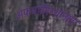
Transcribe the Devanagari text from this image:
अफगाणिस्थानात